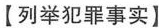
【列举犯罪事实】